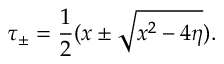
\tau _ { \pm } = { \frac { 1 } { 2 } } ( x \pm \sqrt { x ^ { 2 } - 4 \eta } ) .